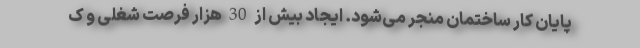
پایان کار ساختمان منجر می‌شود. ایجاد بیش از 30 هزار فرصت شغلی و ک